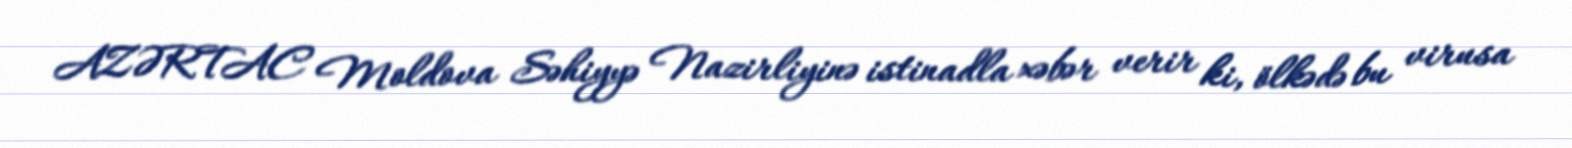
AZƏRTAC Moldova Səhiyyə Nazirliyinə istinadla xəbər verir ki, ölkədə bu virusa